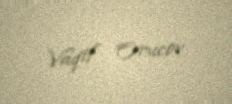
Vaqif Orucov